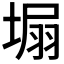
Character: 𡍾